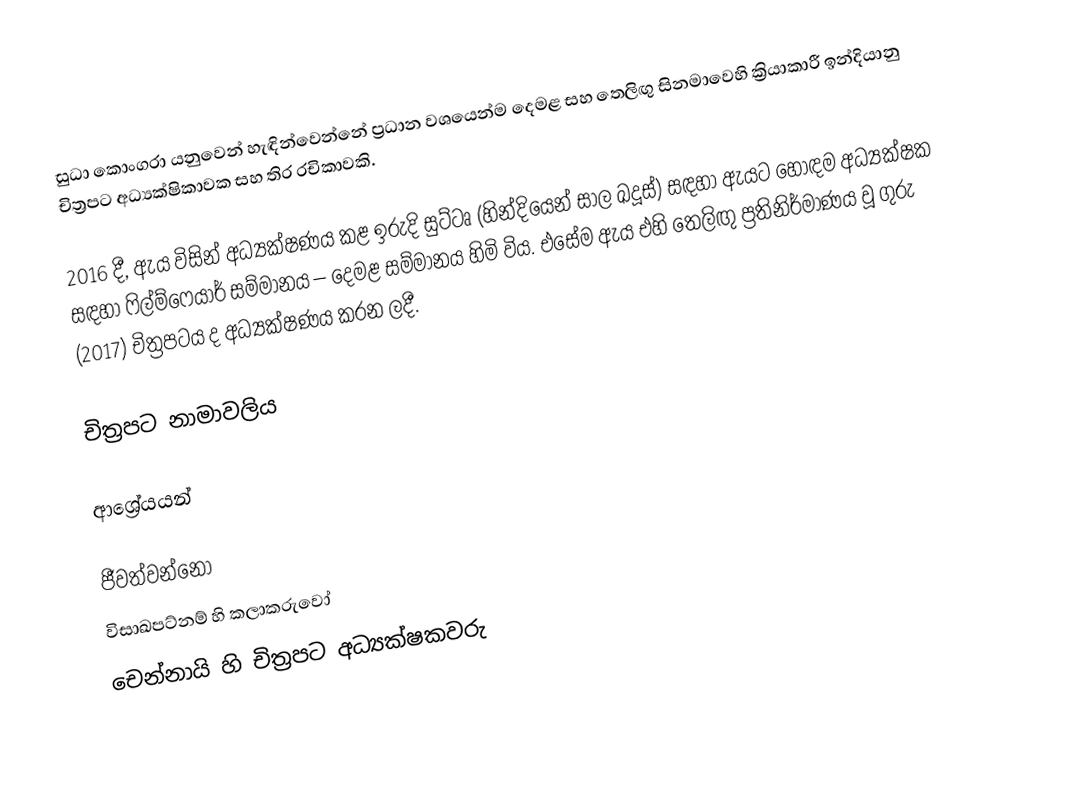
සුධා කොංගරා යනුවෙන් හැඳින්වෙන්නේ ප්‍රධාන වශයෙන්ම දෙමළ සහ තෙලිඟු සිනමාවෙහි ක්‍රියාකාරී ඉන්දියානු චිත්‍රපට අධ්‍යක්ෂිකාවක සහ තිර රචිකාවකි.

2016 දී, ඇය විසින් අධ්‍යක්ෂණය කළ ඉරුදි සුට්ටෘ (හින්දියෙන් සාල ඛදූස්) සඳහා ඇයට හොඳම අධ්‍යක්ෂක සඳහා ෆිල්ම්ෆෙයාර් සම්මානය – දෙමළ සම්මානය හිමි විය. එසේම ඇය එහි තෙලිඟු ප්‍රතිනිර්මාණය වූ ගුරු (2017) චිත්‍රපටය ද අධ්‍යක්ෂණය කරන ලදී.

චිත්‍රපට නාමාවලිය

ආශ්‍රේයයන්

ජීවත්වන්නෝ
විසාඛපට්නම් හි කලාකරුවෝ
චෙන්නායි හි චිත්‍රපට අධ්‍යක්ෂකවරු